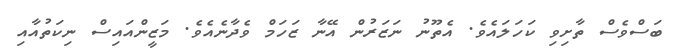
ބަސްވެސް ތާށިވި ކަހަލައެވެ. އެތޫނު ނަޒަރުން އޭނާ ޒަހަމް ވެދާނެއެެވެ. މަޒީންއައިސް ނިކަތުއާއި